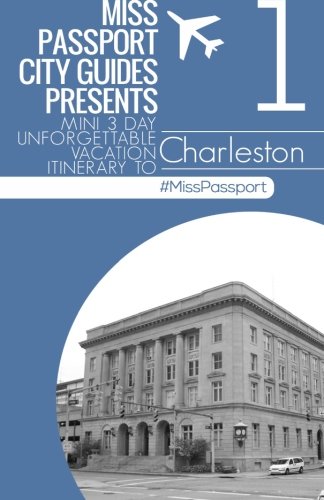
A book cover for Miss Passport City Guides Presents: Mini 3 day Unforgettable mini Vacation Itinerary to (Charleston South Carolina part four) (Miss Passport Travel Guides); Sharon Bell; Travel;